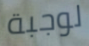
لوجبة